Dysentery and liver abscess in Bombay - Number 47
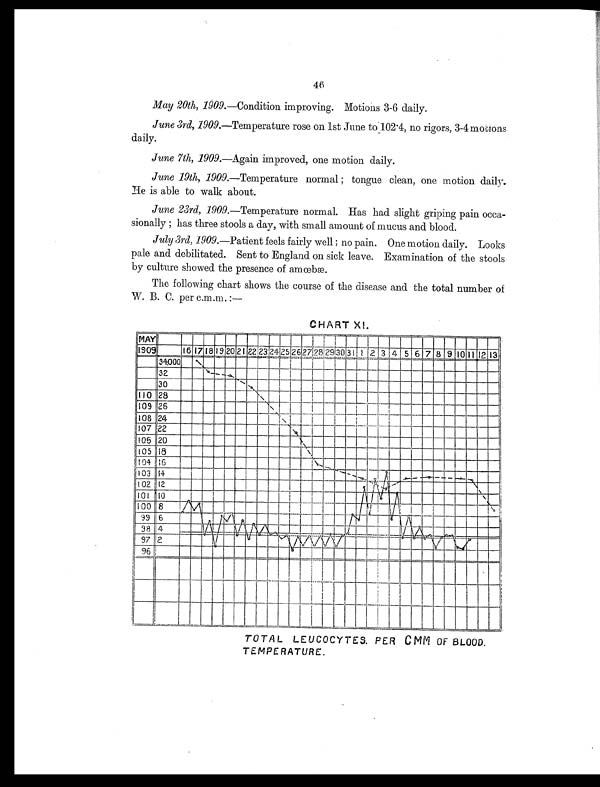
ay 20th, 1909.—Condition improving. Motions 3-6 daily.
June 3rd, 1909.—Temperature rose on 1st June to 102.4, no rigors, 3-4 motions
daily.
June 7th, 1909.—Again improved, one motion daily.
June 19th, 1909 .—Temperature normal ; tongue clean, one motion daily.
He is able to walk about.
June 23rd, 1909.—Temperature normal. Has had slight griping pain occa
-sionally ; has three stools a day, with small amount of mucus and blood.
July 3rd, 1909 .—Patient feels fairly well ; no pain. One motion daily. Looks
pale and debilitated. Sent to England on sick leave. Examination of the stools
by culture showed the presence of amœbæ.
The following chart shows the course of the disease and the total number of
W. B. C. per c.m.m. :
CHART XI.